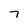
Character: 7